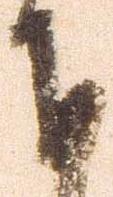
下